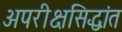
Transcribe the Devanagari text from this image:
अपरीक्षसिद्धांत